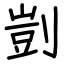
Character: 剴